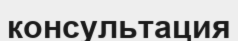
консультация